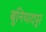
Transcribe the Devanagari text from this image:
बुनियादपुर